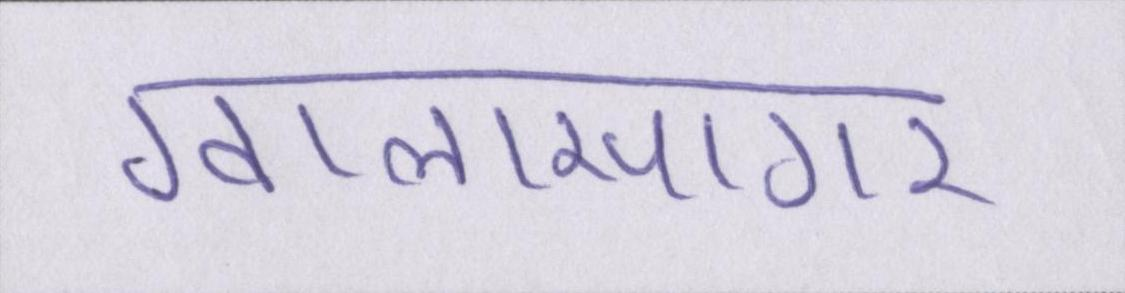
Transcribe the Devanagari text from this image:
ग्वालासागर